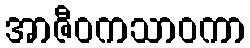
အာဇီဝကသာဝကာ